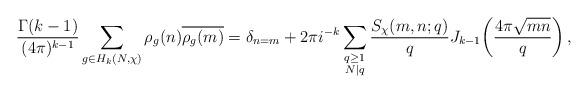
LaTeX: \begin{align*} \frac{\Gamma(k-1)}{( 4 \pi)^{k-1}}\sum_{g\in H_k(N,\chi)}\rho_g(n)\overline{\rho_g(m)} = \delta_{n=m} + 2\pi i^{-k} \sum_{\substack{q\geq 1\\ N\mid q}} \frac{S_{\chi}(m, n; q)}{q} J_{k-1}\!\left(\frac{4\pi \sqrt{mn}}{q}\right), \end{align*}